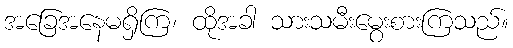
အခြေအနေမရှိကြ၊ ထိုအခါ သားသမီးမွေးစားကြသည်။